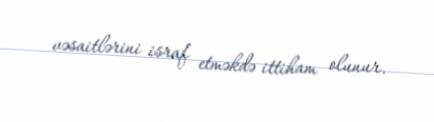
vəsaitlərini israf etməkdə ittiham olunur.